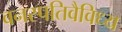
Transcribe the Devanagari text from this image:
वनस्पतिवैविध्य